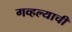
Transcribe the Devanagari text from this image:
गव्हल्याची